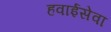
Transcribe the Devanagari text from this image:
हवाईसेवा